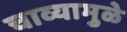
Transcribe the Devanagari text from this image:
चाव्यामुळे